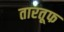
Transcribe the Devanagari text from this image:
तारतूफ